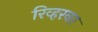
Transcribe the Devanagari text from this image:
रिव्हरवर